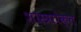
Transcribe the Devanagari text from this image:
शास्त्राोक्त